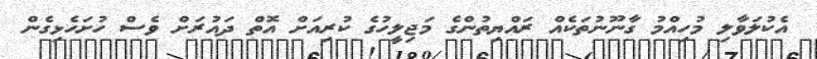
އެކުލަވާލި މުހިއްމު ގާނޫނުތަކެއް ރައްޔިތުންގެ މަޖިލީހުގެ ކުރިއަށް އޮތް ދައުރަށް ވެސް ހުށަހެޅިގެން